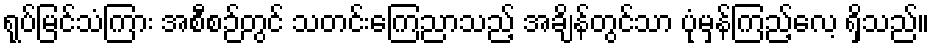
ရုပ်မြင်သံကြား အစီစဉ်တွင် သတင်းကြေညာသည့် အချိန်တွင်သာ ပုံမှန်ကြည့်လေ့ ရှိသည်။